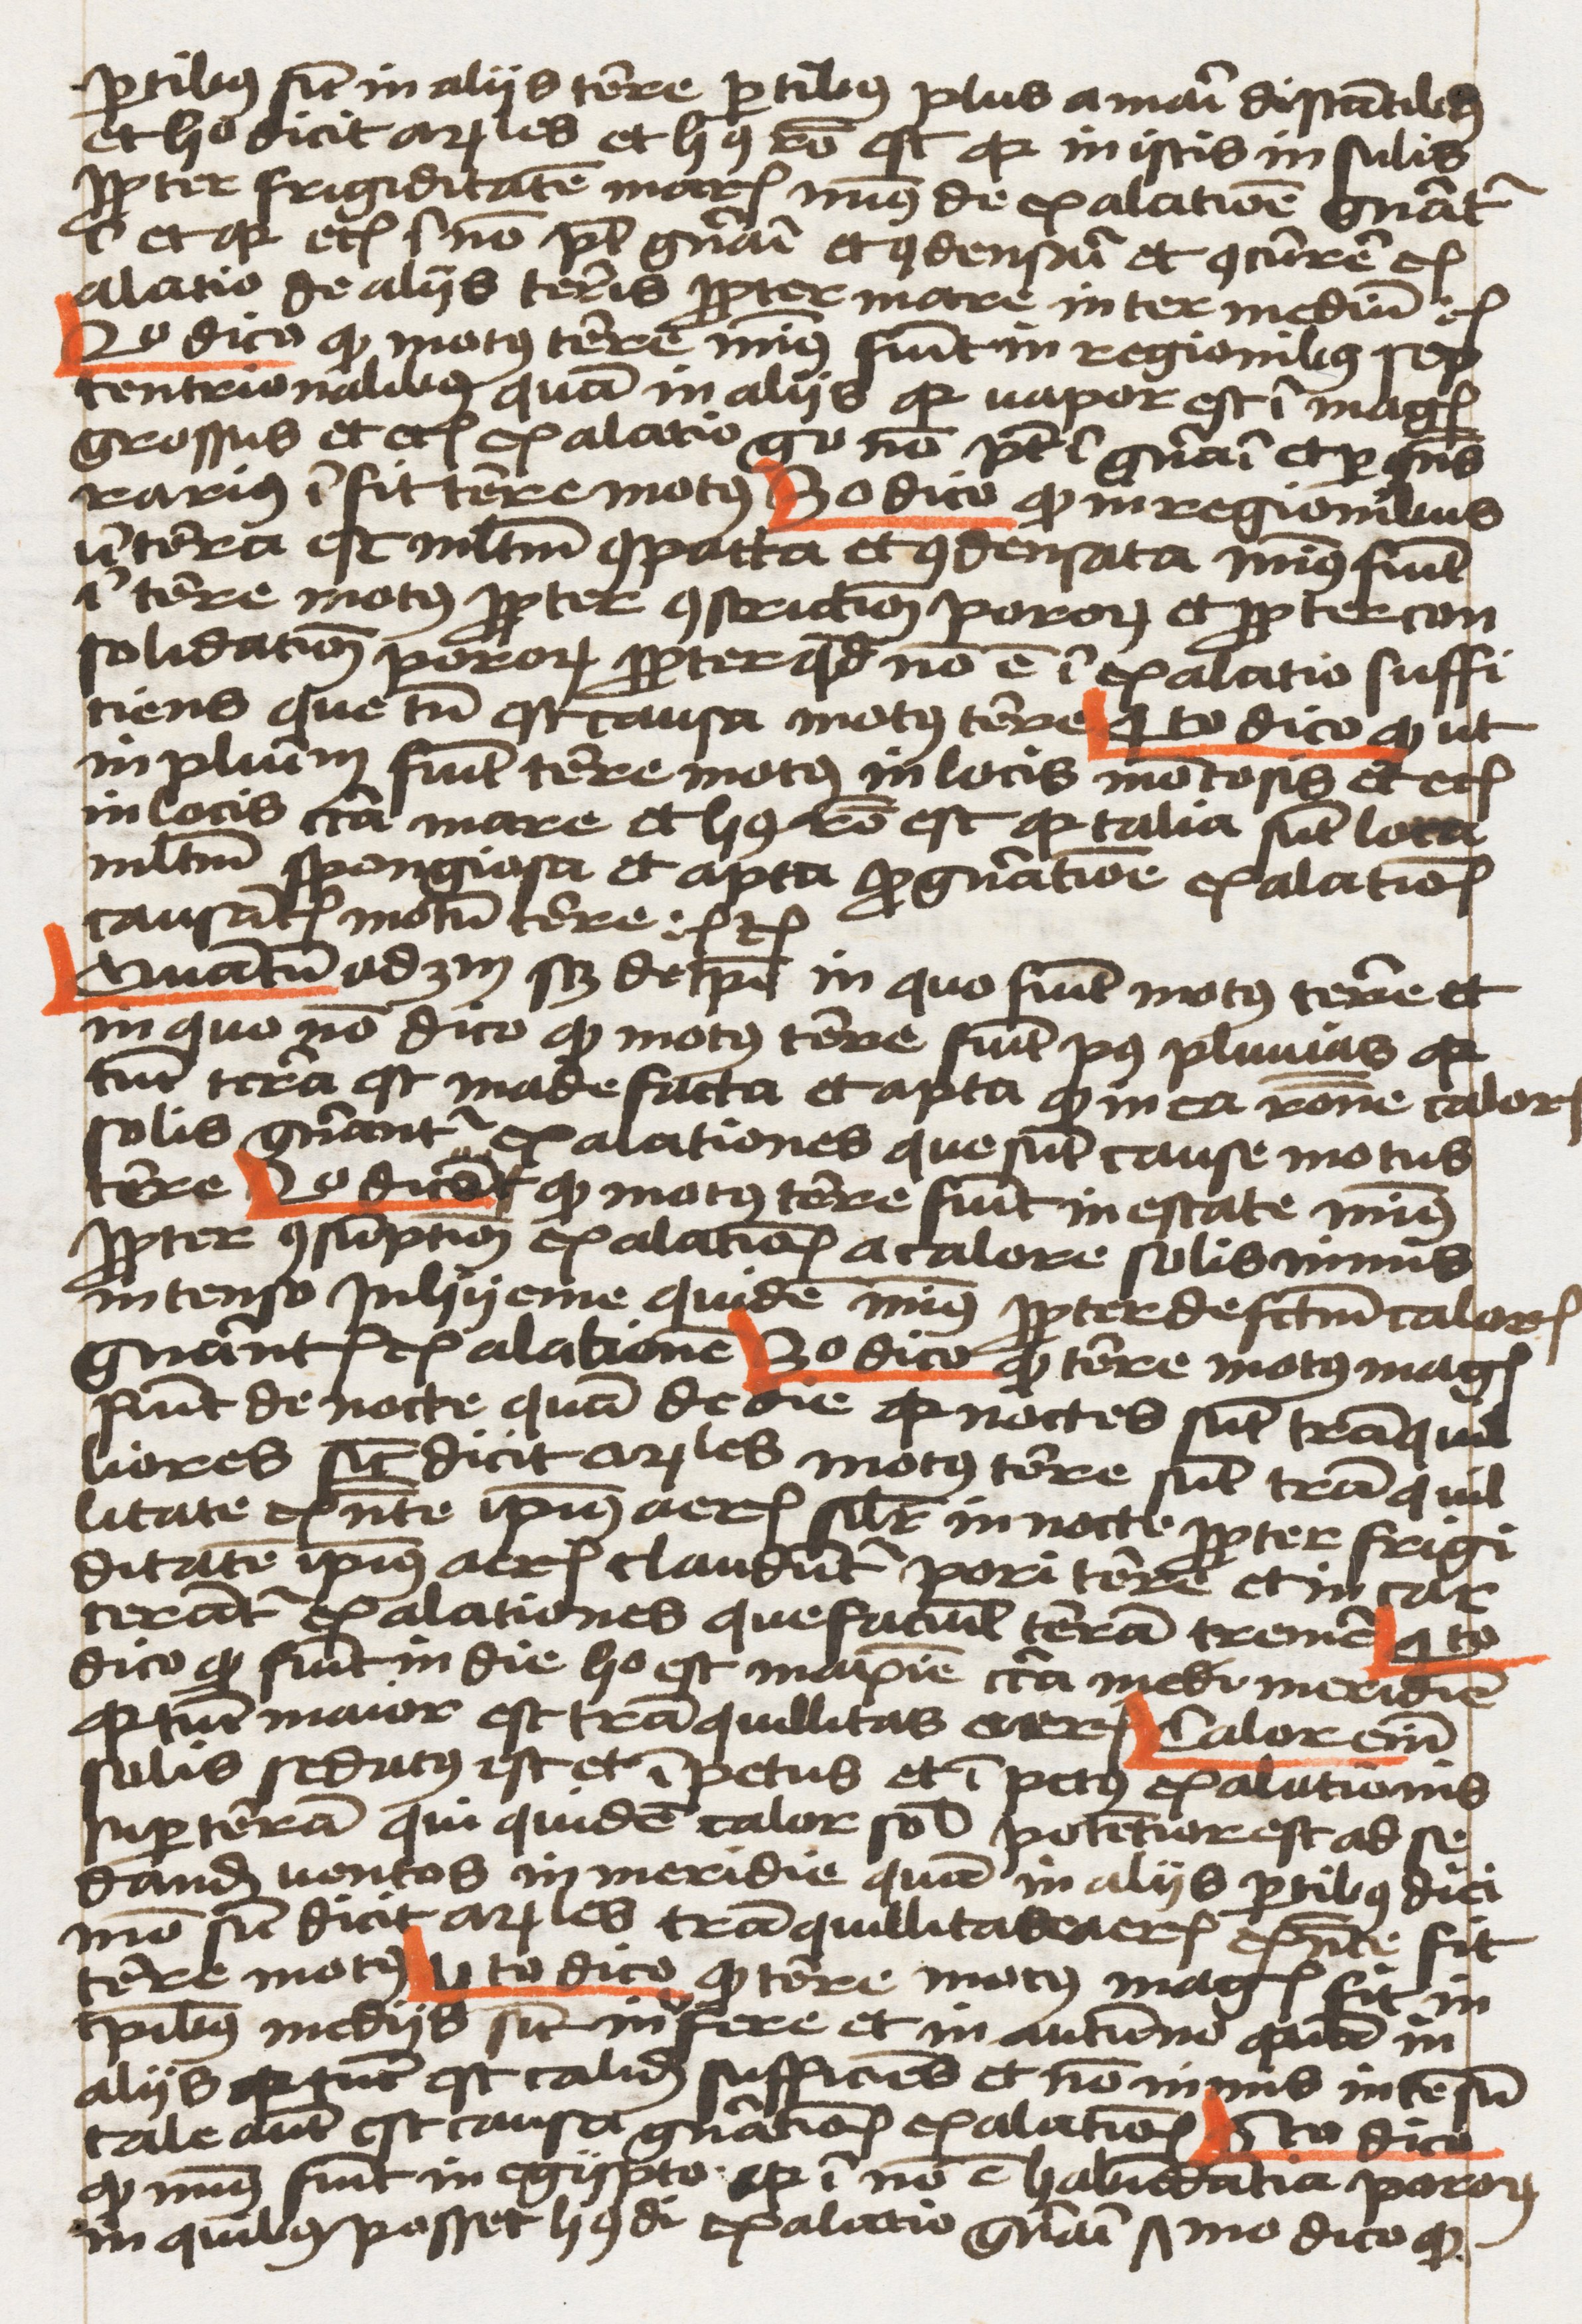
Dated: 1459–1459